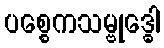
ပစ္စေကသမ္ဗုဒ္ဓေါ